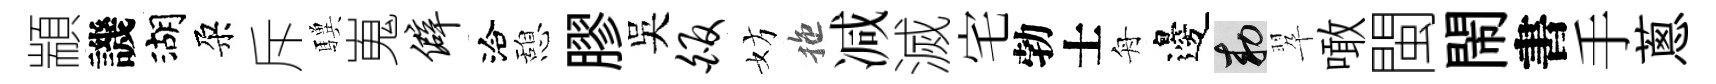
顓譏湖朶斥驥嵬僻洽憩膠吴皈妨拖减滅宅勃士舟邊敕翆噉閩閙書手蔥